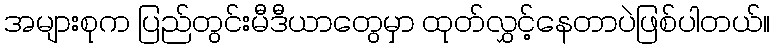
အများစုက ပြည်တွင်းမီဒီယာတွေမှာ ထုတ်လွှင့်နေတာပဲဖြစ်ပါတယ်။